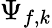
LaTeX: \Psi_{f,k}